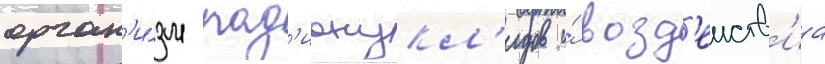
орган'и́зм рад'ионукл'идов и́ возд'еиств'иа